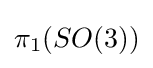
\pi _{1}(SO(3))